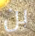
بن